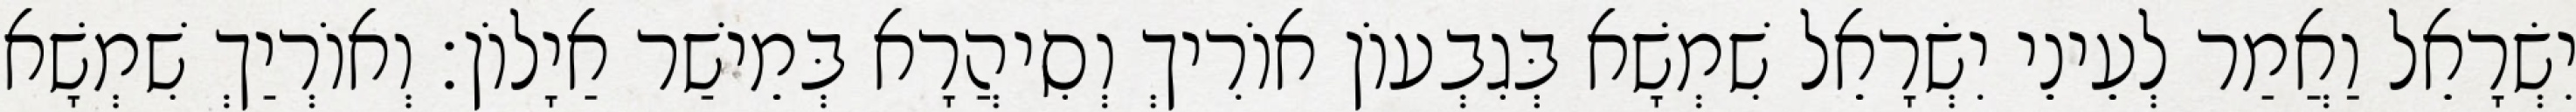
יִשְׂרָאֵל וַאֲמַר לְעֵינֵי יִשְׂרָאֵל שִׁמְשָׁא בְּגִבְעוֹן אוֹרִיךְ וְסִיהֲרָא בְּמֵישַׁר אַיָלוֹן׃ וְאוֹרְיַךְ שִׁמְשָׁא